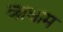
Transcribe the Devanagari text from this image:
व्य्नधाम